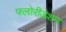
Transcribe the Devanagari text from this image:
फ्लोरीडेशन